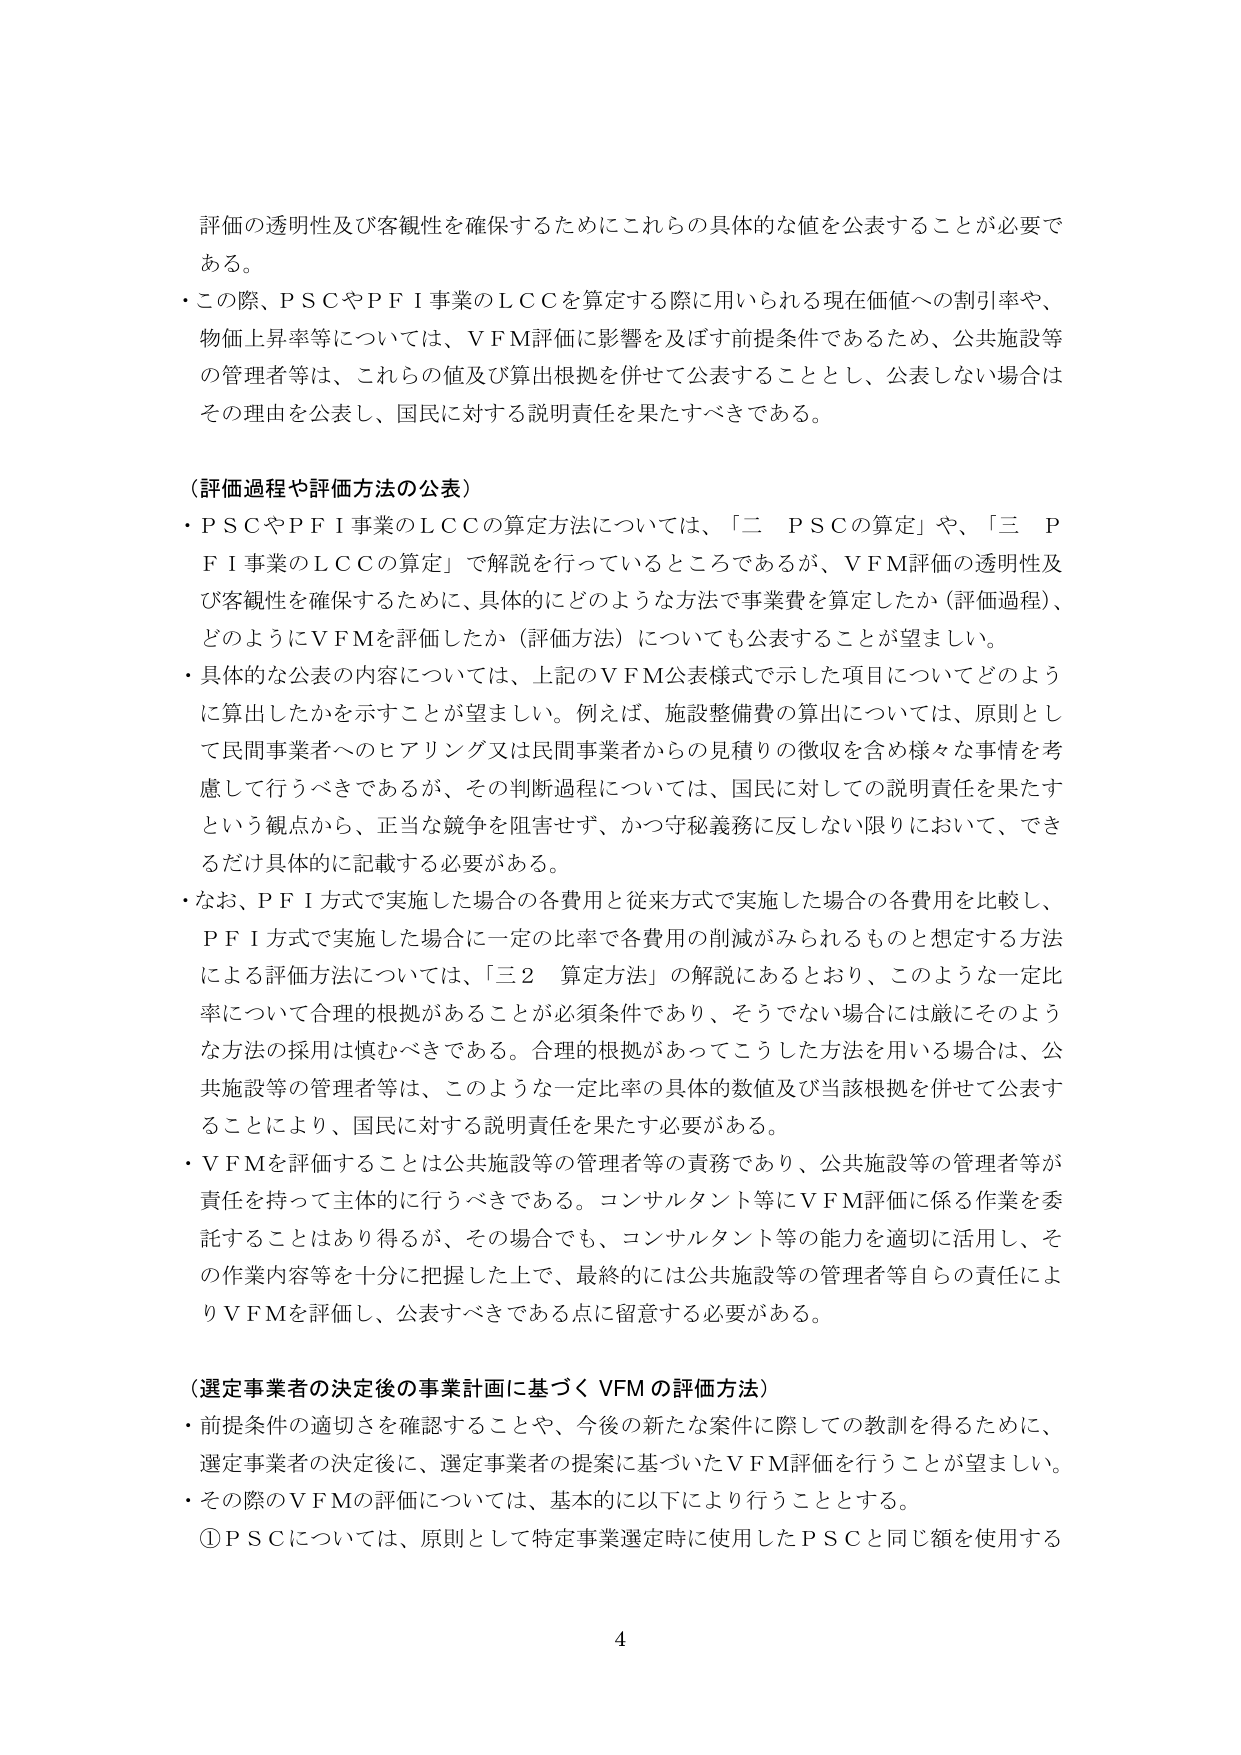
評価の透明性及び客観性を確保するためにこれらの具体的な値を公表することが必要である。

・この際、ＰＳＣやＰＦＩ事業のＬＣＣを算定する際に用いられる現在価値への割引率や、物価上昇率等については、ＶＦＭ評価に影響を及ぼす前提条件であるため、公共施設等の管理者等は、これらの値及び算出根拠を併せて公表することとし、公表しない場合はその理由を公表し、国民に対する説明責任を果たすべきである。

（評価過程や評価方法の公表）

・ＰＳＣやＰＦＩ事業のＬＣＣの算定方法については、「二　ＰＳＣの算定」や、「三　ＰＦＩ事業のＬＣＣの算定」で解説を行っているところであるが、ＶＦＭ評価の透明性及び客観性を確保するために、具体的にどのような方法で事業費を算定したか（評価過程）、どのようにＶＦＭを評価したか（評価方法）についても公表することが望ましい。

・具体的な公表の内容については、上記のＶＦＭ公表様式で示した項目についてどのように算出したかを示すことが望ましい。例えば、施設整備費の算出については、原則として民間事業者へのヒアリング又は民間事業者からの見積りの徴収を含め様々な事情を考慮して行うべきであるが、その判断過程については、国民に対しての説明責任を果たすという観点から、正当な競争を阻害せず、かつ守秘義務に反しない限りにおいて、できるだけ具体的に記載する必要がある。

・なお、ＰＦＩ方式で実施した場合の各費用と従来方式で実施した場合の各費用を比較し、ＰＦＩ方式で実施した場合に一定の比率で各費用の削減がみられるものと想定する方法による評価方法については、「三２　算定方法」の解説にあるとおり、このような一定比率について合理的根拠があることが必須条件であり、そうでない場合には厳にそのような方法の採用は慎むべきである。合理的根拠があってこうした方法を用いる場合は、公共施設等の管理者等は、このような一定比率の具体的数値及び当該根拠を併せて公表することにより、国民に対する説明責任を果たす必要がある。

・ＶＦＭを評価することは公共施設等の管理者等の責務であり、公共施設等の管理者等が責任を持って主体的に行うべきである。コンサルタント等にＶＦＭ評価に係る作業を委託することはあり得るが、その場合でも、コンサルタント等の能力を適切に活用し、その作業内容等を十分に把握した上で、最終的には公共施設等の管理者等自らの責任によりＶＦＭを評価し、公表すべきである点に留意する必要がある。

（選定事業者の決定後の事業計画に基づくＶＦＭの評価方法）

・前提条件の適切さを確認することや、今後の新たな案件に際しての教訓を得るために、選定事業者の決定後に、選定事業者の提案に基づいたＶＦＭ評価を行うことが望ましい。

・その際のＶＦＭの評価については、基本的に以下により行うこととする。

①ＰＳＣについては、原則として特定事業選定時に使用したＰＳＣと同じ額を使用する

4